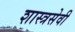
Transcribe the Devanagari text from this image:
शास्त्रसेवी